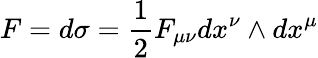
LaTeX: F=d\sigma=\frac{1}{2}F_{\mu\nu}dx^{\nu}\wedge dx^{\mu}